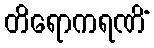
တိရောကရဏိံ